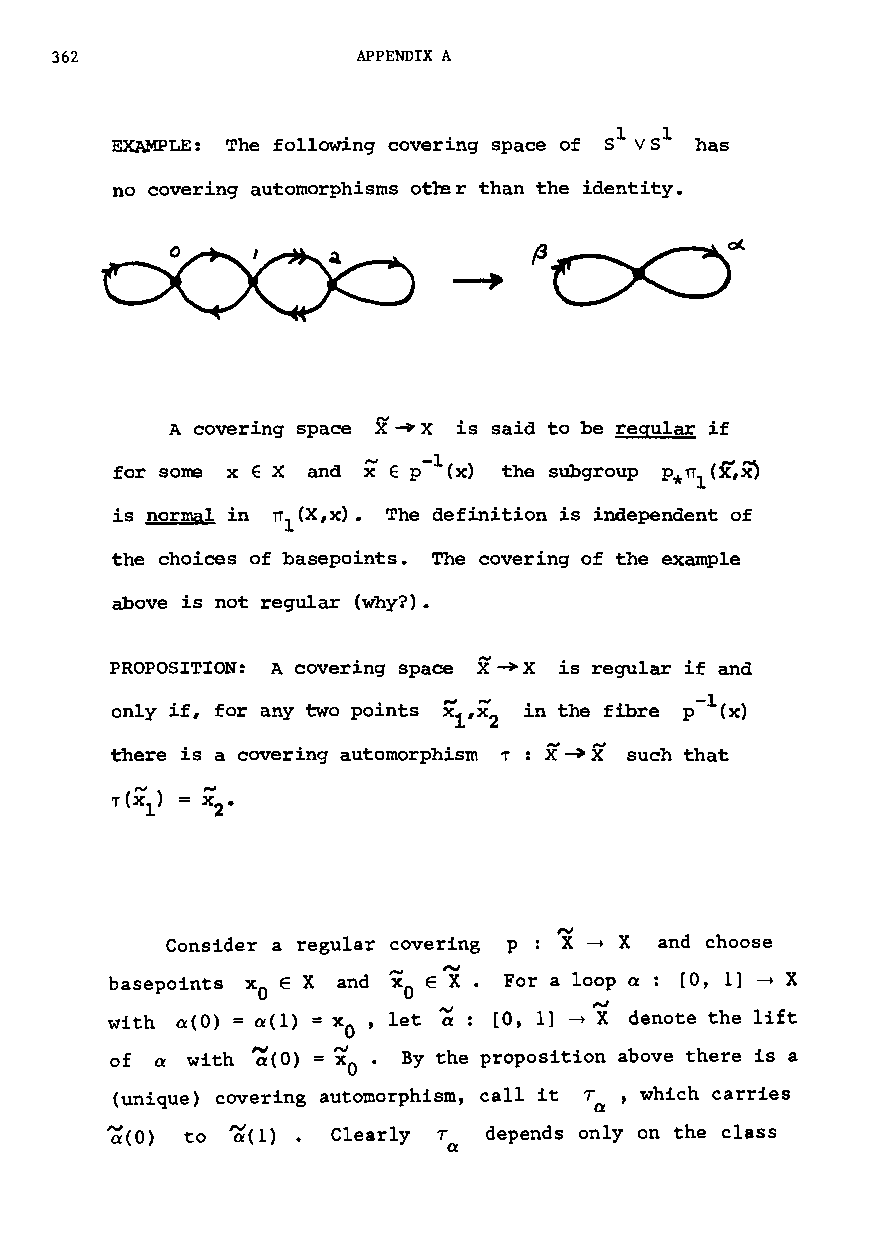
362                  APPENDIX A
 EXAMPLE: The following covering space of 51 Vsl has
 no covering automorphisms other than the identity.
 (J .-----.
 A covering space X -+X is said to be regular if
 -1
 for sorre x E X and x,..J E p (x) the subgroup
 is normal in ITl(X,x). The definition is independent of
 the choices of basepoints. The covering of the example
 above is not regular (why?).
 PROPOSITION: A covering space X~X is regular if and
 -1
 only if, for any two points in the fibre p (x)
 there is a covering automorphism ,. : X~X such that
 N
 Consider a regular covering p : X ~ X and choose
 basepoints Xo E X and , X.., o E, X.." . For a loop a rOt 1] ~ X
 with 0:(0) = 0:(1) = Xo ' let ~: [0, 1] -+ N X denote the lift
 of a with ~(O) = ~O. By the proposition above there is a
 (unique) covering automorphism call it To' which carries
 t
 ~(O) to ~(1) • Clearly T depends only on the class
 o